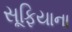
સૂફિયાના